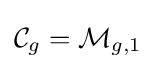
{\mathcal {C}}_{g}={\mathcal {M}}_{g,1}